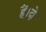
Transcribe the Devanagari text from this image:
हैं।दो